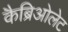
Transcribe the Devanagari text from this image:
कैब्रिओलेट